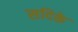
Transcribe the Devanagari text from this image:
सदिके